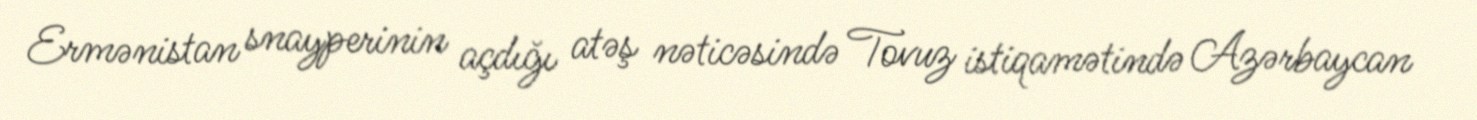
Ermənistan snayperinin açdığı atəş nəticəsində Tovuz istiqamətində Azərbaycan